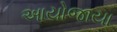
આયોજાયા